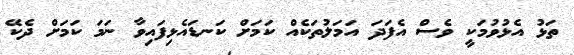
ތަޅު އެޅުވުމަކީ ވެސް އެފަދަ އަމަލުތަކެއް ކަމަށް ކަނޑައެޅިފައިވާ ނަމަ ކަމަށް ދެކޭ